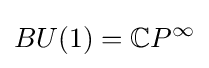
BU(1)=\mathbb {C} P^{\infty }